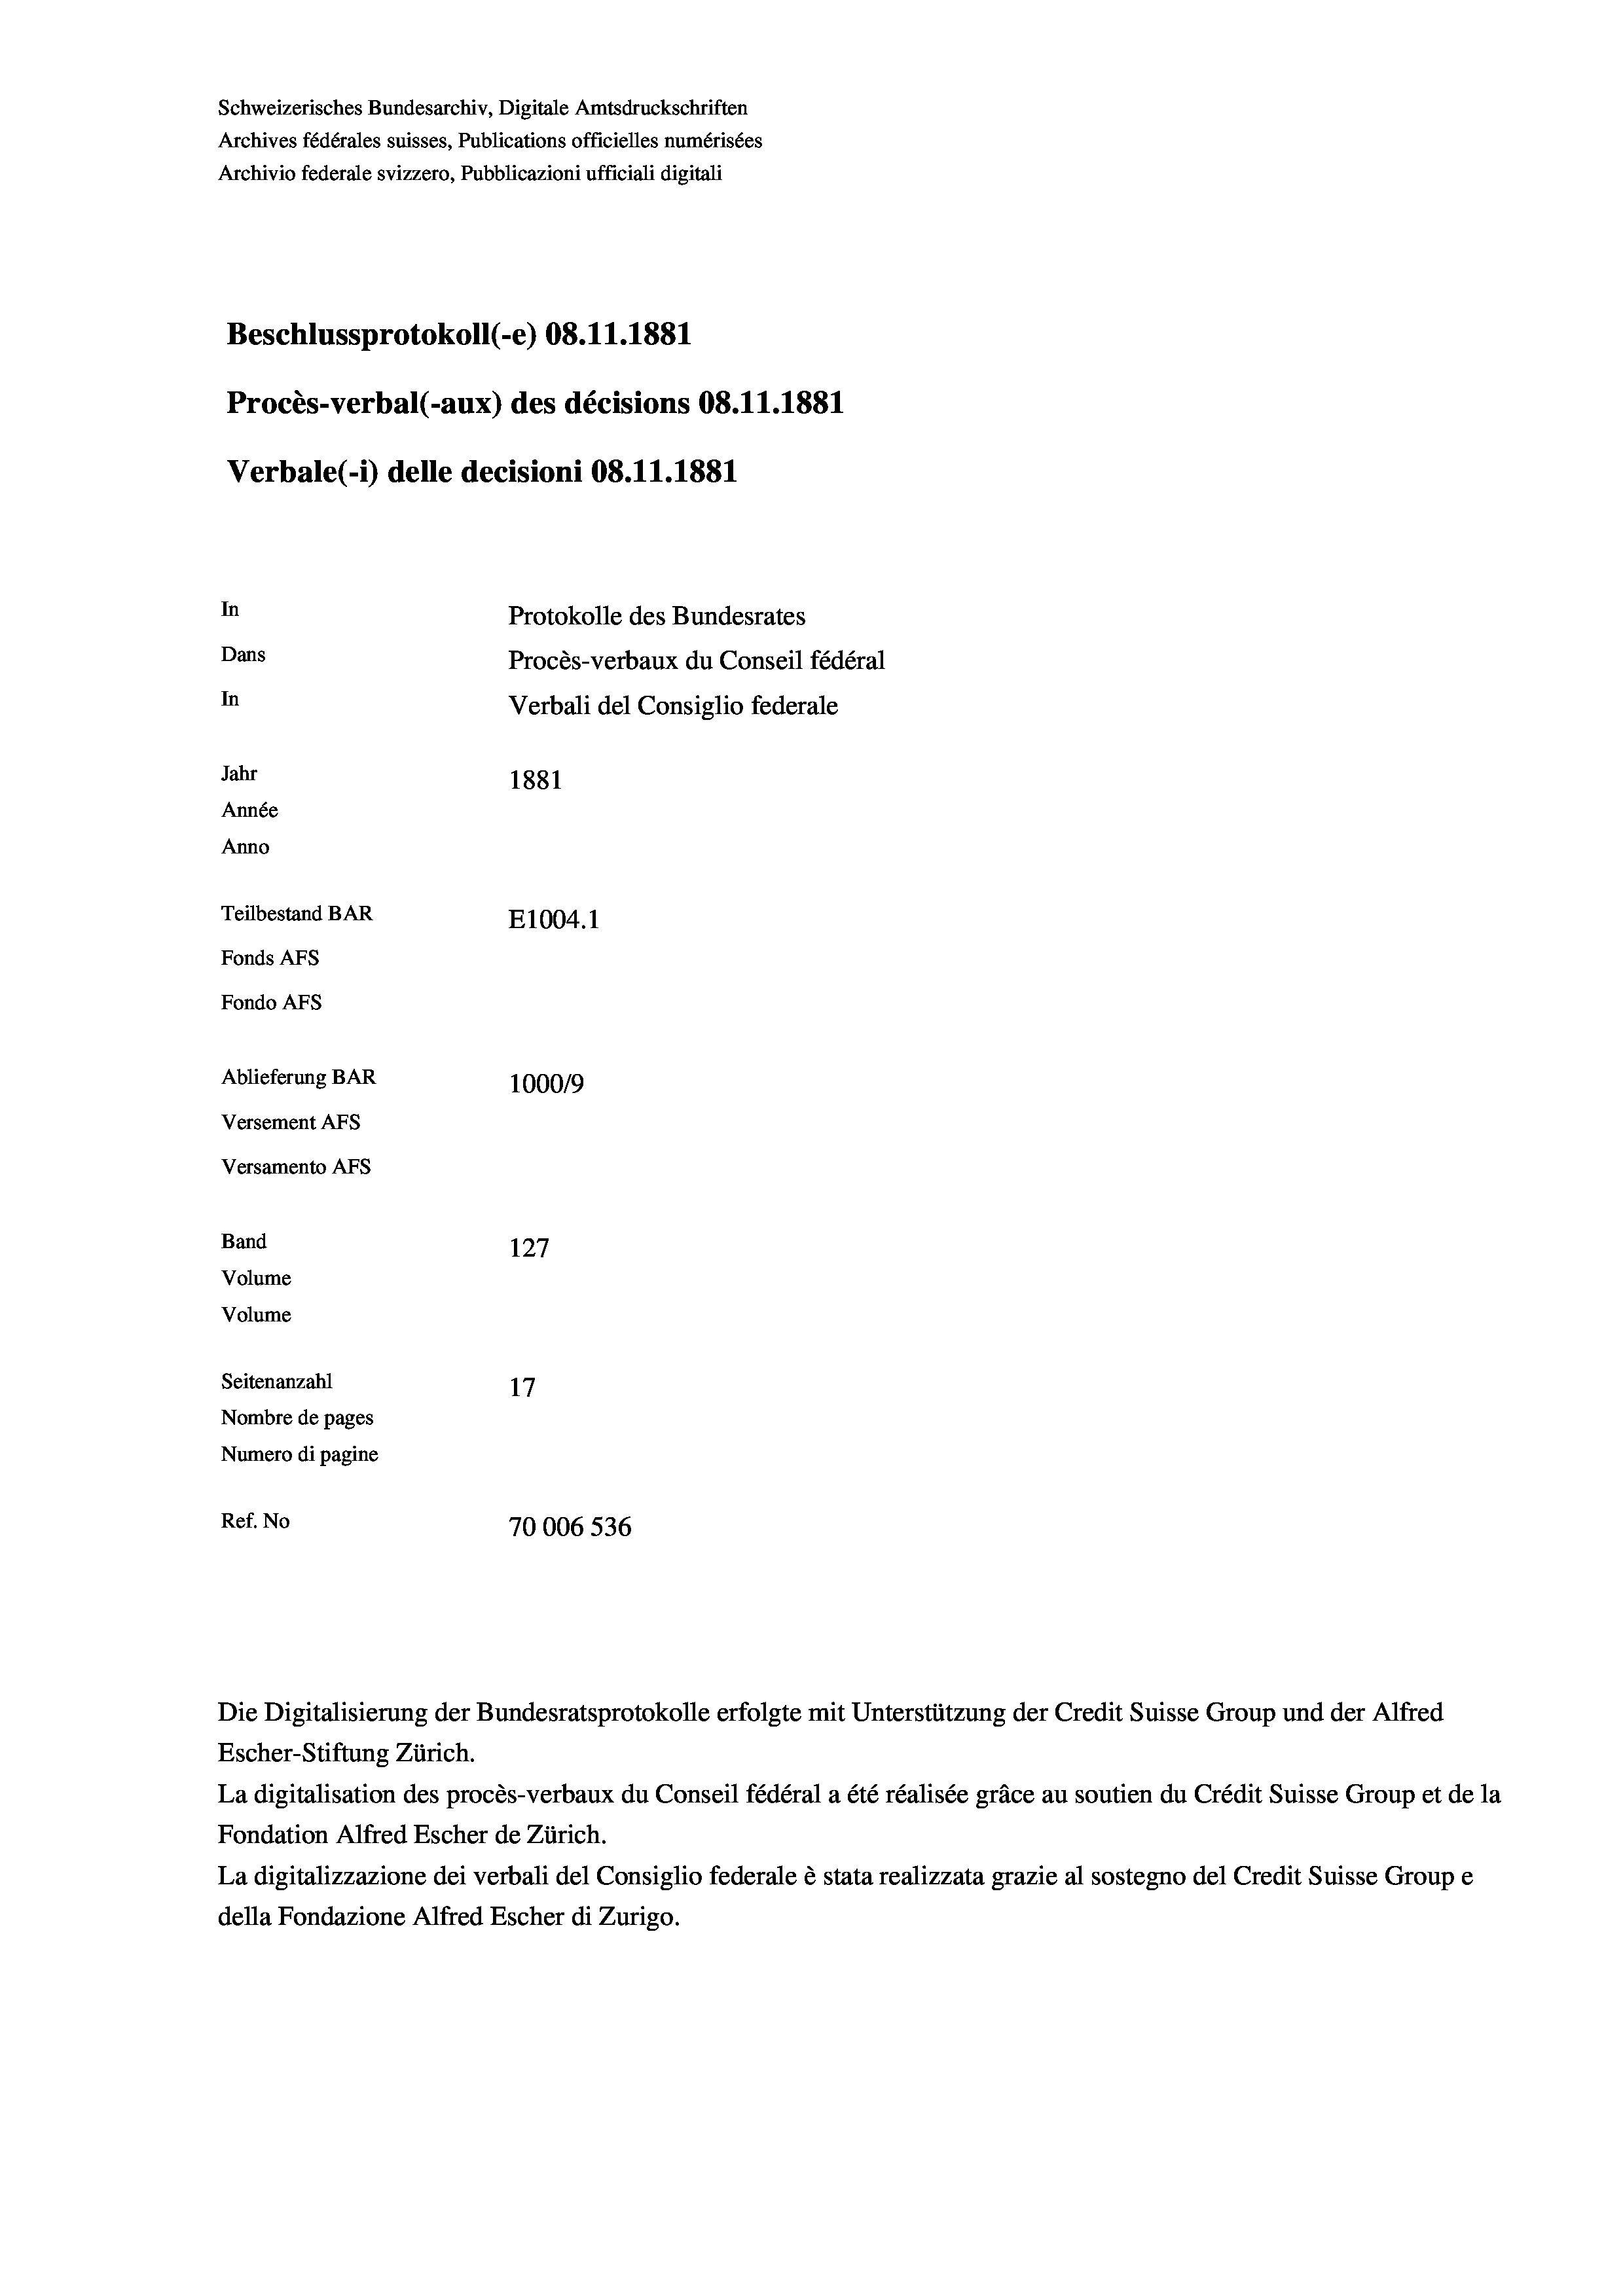
Schweizerisches Bundesarchiv, Digitale Amtsdruckschriften
Archives fédérales suisses, Publications officielles numérisées
Archivio federale svizzero, Pubblicazioni ufficiali digitali
Beschlussprotokoll (-e) 08.11.1881
Procès-verbal (-aux) des décisions 08.11.1881
Verbale (i) delle decisioni 08.11.1881

Fonds AFs

Anno

In
Dans
In
Jahr
1881
Année
Teilbestand BAR
E1004.1
Fondo AFs
Ablieferung BAR
1000/9
Versement Abs
Versamento AFs
Band
127
Volume
Volume

Seitenanzahl
17
Nombre de pages
Numero di pagine
Ref. No
70006 536

Protokolle des Bundesrates
Procès-verbaux du Conseil fédéral
Verbali del Consiglio federale

Die Digitalisierung der Bundesratsprotokolle erfolgte mit Unterstützung der Credit Suisse Group und der Alfred
Escher-Stiftung Zürich.
La digitalisation des procès-verbaux du Conseil fédéral a été réalisée gräce au soutien du Crédit Suisse Group et de la
Fondation Alfred Escher de Zürich.
La digitalizzazione dei verbali del Consiglio federale è stata realizzata grazie al sostegno del Credit Suisse Groupe
della Fondazione Alfred Escher di Zurigo.